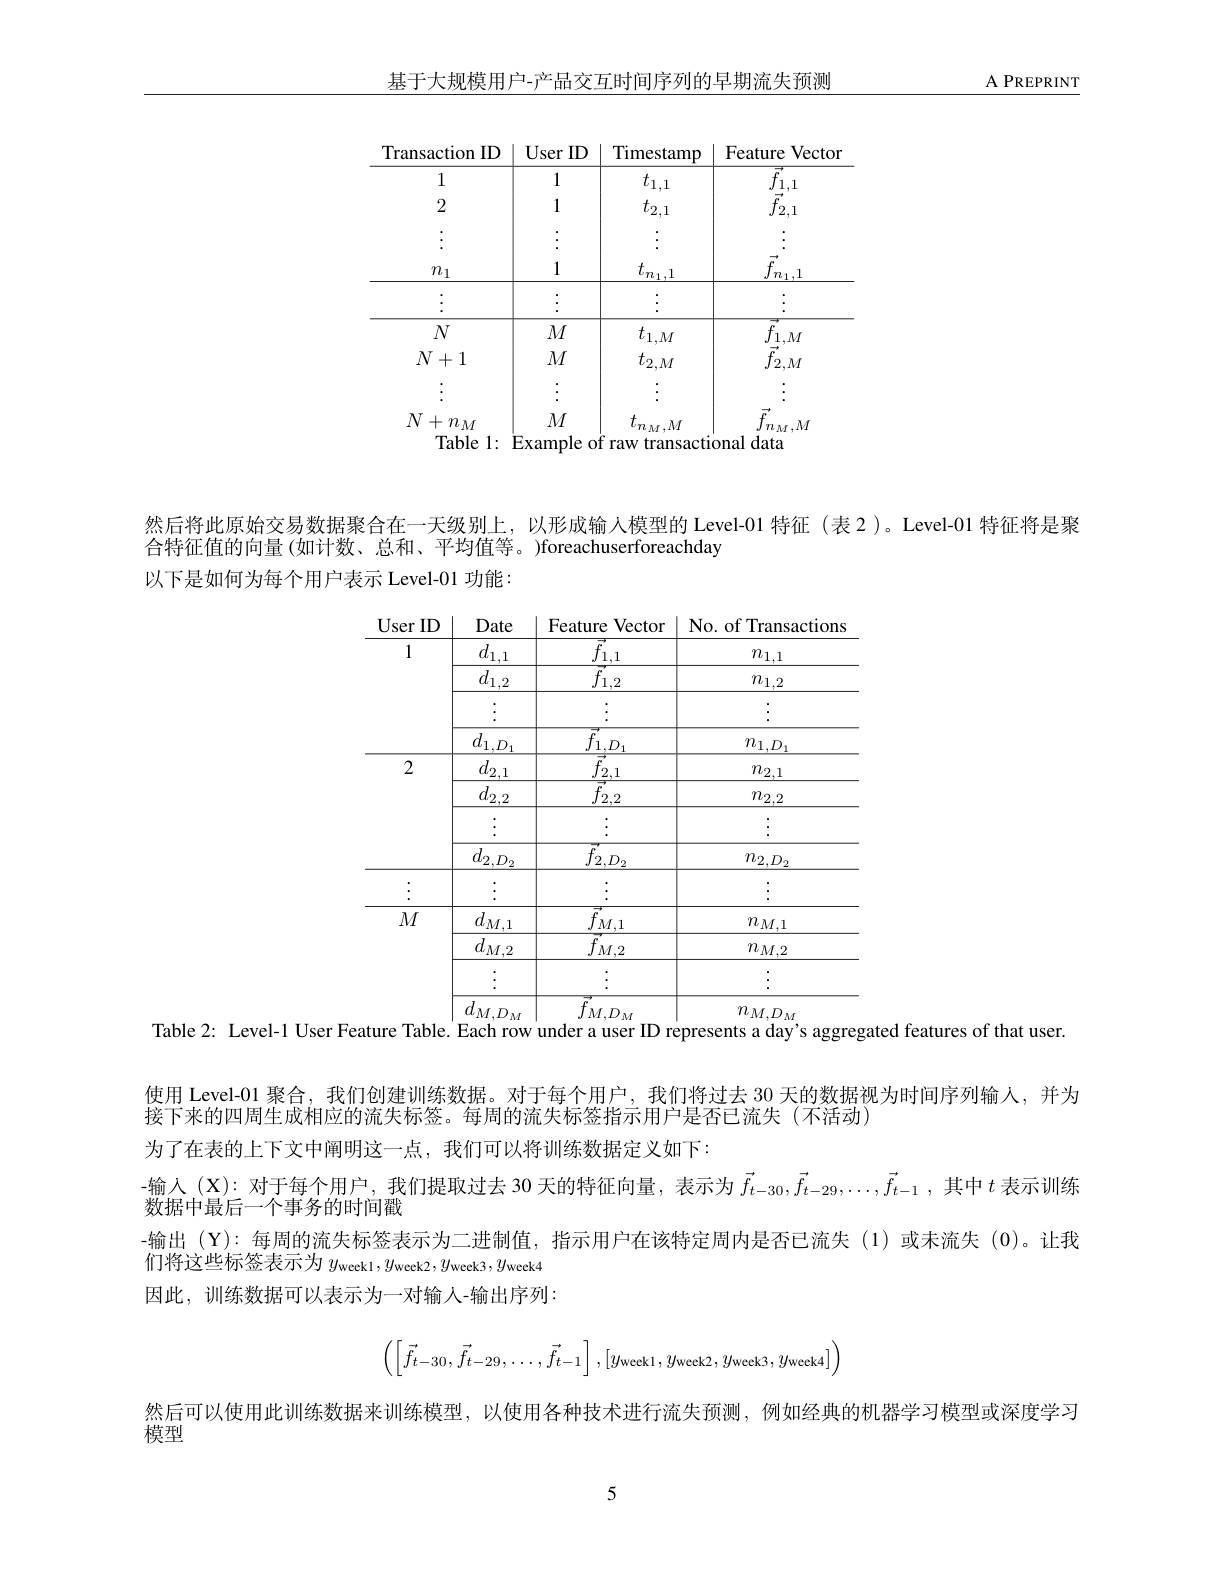
基于大规模用户-产品交互时间序列的早期流失预测

$\underline{\text{A PREPRINT}}$

然后将此原始交易数据聚合在一天级别上，以形成输入模型的 Level-01 特征 (表 2)。Level-01 特征将是聚
合特征值的向量 (如计数、总和、平均值等。)foreachuserforeachday
以下是如何为每个用户表示 Level-01 功能：

<table>
	<tbody>
		<tr>
			<th>User ID</th>
			<th>Date</th>
			<th>Feature Vector</th>
			<th>No. of Transactions</th>
		</tr>
		<tr>
			<td rowspan="4">1</td>
			<td>$\underline{d_{1,1}}$</td>
			<td>$\underline{{\vec{f}_{1,1}}}$</td>
			<td>$n_{1,1}$</td>
		</tr>
		<tr>
			<td>$\underline{d_{1,2}}$</td>
			<td>$\underline{f_{1,2}}$</td>
			<td>$n_{1,2}$</td>
		</tr>
		<tr>
			<td> </td>
			<td> </td>
			<td>$w$ $w$</td>
		</tr>
		<tr>
			<td>$\underline{d_{1,D_{1}}}$</td>
			<td>$\frac{f_{1,D_{1}}}{\Rightarrow}$</td>
			<td>$\underline{n_{1,D_1}}$</td>
		</tr>
		<tr>
			<td rowspan="3">2</td>
			<td>$\underline{d_{2,1}}$</td>
			<td>$\underline{f_{2,1}}$</td>
			<td>$\underline{n_{2,1}}$</td>
		</tr>
		<tr>
			<td>$\underline{d_{2,2}}$</td>
			<td>$\underline{f_{2,2}}$</td>
			<td>$\underline{n_{2,2}}$</td>
		</tr>
		<tr>
			<td>$J$</td>
			<td> </td>
			<td> </td>
		</tr>
		<tr>
			<td> </td>
			<td>$w_{2},D_{2}$</td>
			<td>$J$ ${\mathcal{Z} }, {\mathcal{D} }_{2}$</td>
			<td>$rv_{2},D_{2}$</td>
		</tr>
		<tr>
			<td rowspan="5">$M$</td>
			<td>-</td>
			<td> </td>
			<td></td>
		</tr>
		<tr>
			<td>$IVI,I$</td>
			<td></td>
			<td>$\mathbf{r}^{\boldsymbol{v}}$IW$,\mathbf{l}$ $n_{M}$</td>
		</tr>
		<tr>
			<td>$kW,L$</td>
			<td> $\bullet$</td>
			<td>$IVI,L$ $\bullet$ $\bullet$ -</td>
		</tr>
		<tr>
			<td> </td>
			<td> </td>
			<td>$w$</td>
		</tr>
		<tr>
			<td>$d_{M,D}$</td>
			<td>$f_{M,D}$ $i_{M1}$</td>
			<td>$n_{M,D_{M}}$</td>
		</tr>
	</tbody>
</table>
Table 2: Level-1 User Feature Table. Each row under a user ID represents a day's aggregated features of that user.

使用 Level-01 聚合，我们创建训练数据。对于每个用户，我们将过去 30 天的数据视为时间序列输人，并为
接下来的四周生成相应的流失标签。每周的流失标签指示用户是否已流失(不活动)
为了在表的上下文中阐明这一点，我们可以将训练数据定义如下：
-输入 (X): 对于每个用户，我们提取过去 30 天的特征向量，表示为$\vec{f}_{t-30},\vec{f}_{t-29},\ldots,\vec{f}_{t-1}$,其中$t$表示训练
数据中最后一个事务的时间戳
-输出(Y):每周的流失标签表示为二进制值，指示用户在该特定周内是否已流失(1)或未流失(0)。让我
们将这些标签表示为$y_\mathrm{weekl},y_\mathrm{week2},y_\mathrm{week3},y_\mathrm{week4}$ 因此，训练数据可以表示为一对输人-输出序列：
$$\begin{pmatrix}\left[\vec f_{t-30},\vec f_{t-29},\dots,\vec f_{t-1}\right],[y_{\text{week}1},y_{\text{week}2},y_{\text{week}3},y_{\text{week}4}]\end{pmatrix}$$
然后可以使用此训练数据来训练模型，以使用各种技术进行流失预测，例如经典的机器学习模型或深度学习
模型

5